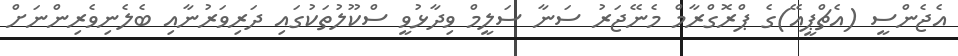
އެޖެންސީ (އެޗްޕީއޭ)ގެ ޕްރޮގްރާމް މެނޭޖަރު ސަނާ ސަލީމް ވިދާޅުވީ ސްކޫލުތަކުގައި ދަރިވަރުނާއި ބެލެނިވެރިންނަށް